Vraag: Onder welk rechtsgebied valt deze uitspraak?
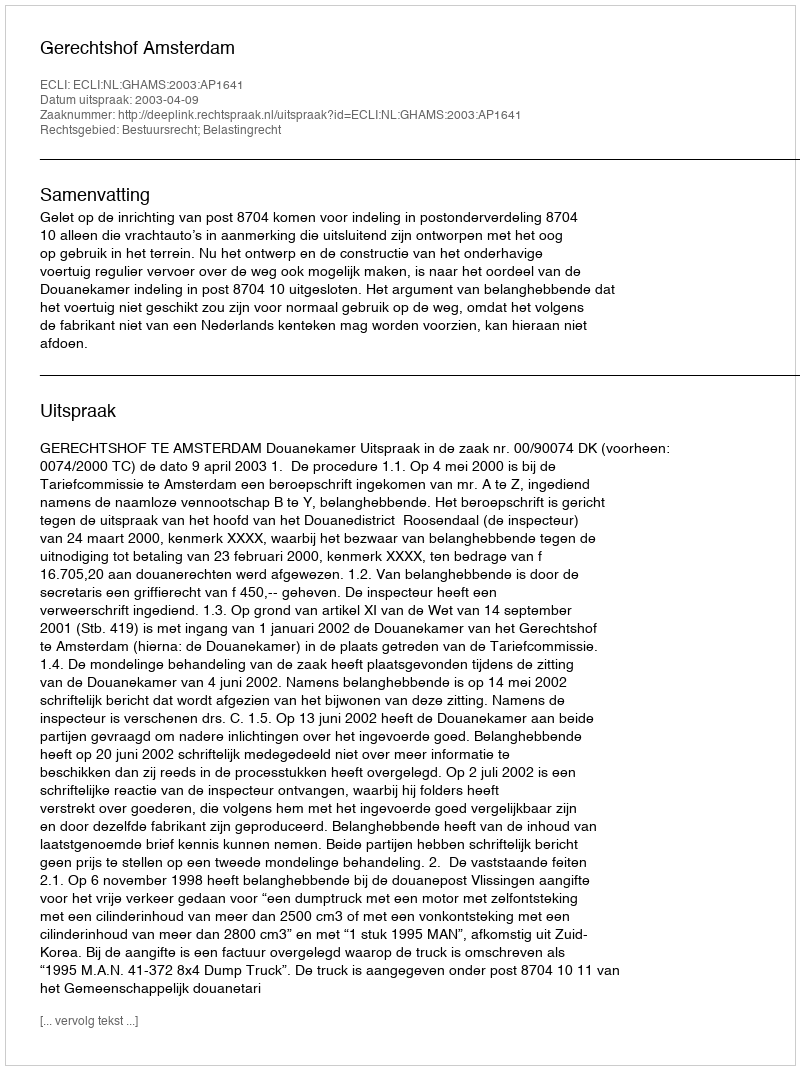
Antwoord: Bestuursrecht; Belastingrecht